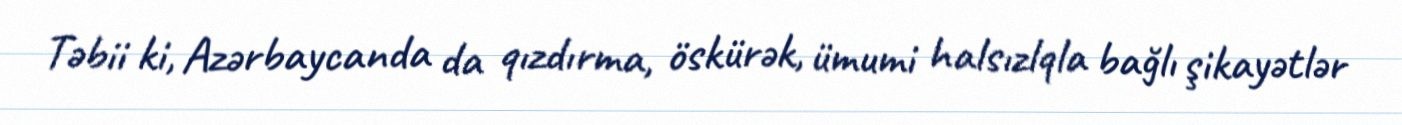
Təbii ki, Azərbaycanda da qızdırma, öskürək, ümumi halsızlqla bağlı şikayətlər